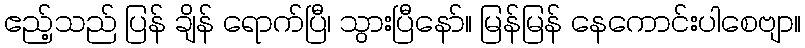
ဧည့်သည် ပြန် ချိန် ရောက်ပြီ၊ သွားပြီနော်။ မြန်မြန် နေကောင်းပါစေဗျာ။